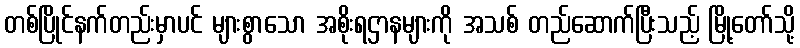
တစ်ပြိုင်နက်တည်းမှာပင် များစွာသော အစိုးရဌာနများကို အသစ် တည်ဆောက်ပြီးသည့် မြို့တော်သို့